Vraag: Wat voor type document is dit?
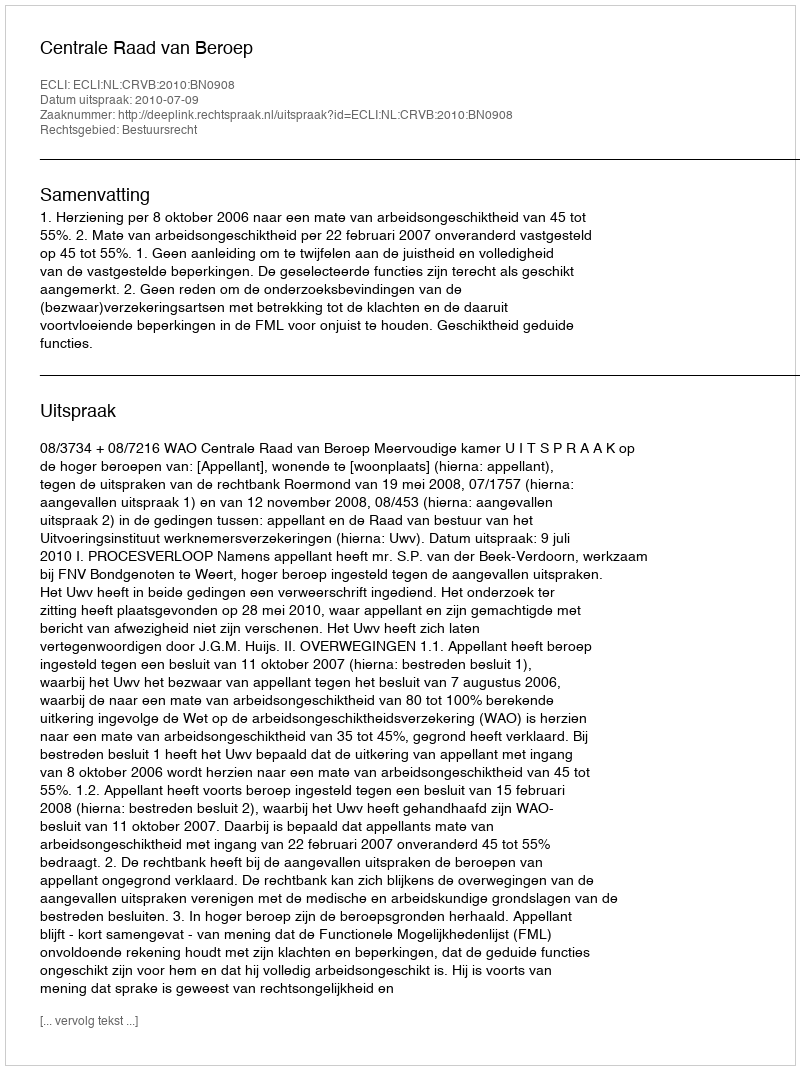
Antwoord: Uitspraak